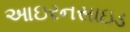
આઇરનસાઇડ